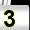
Digit: 3